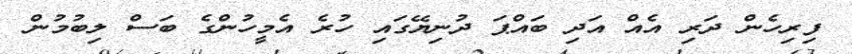
ފިރިހެން ދަރި އެއް އަދި ބައްޕަ ދުނިޔޭގައި ހުރެ އެމީހުންގެ ބަސް ލިބުމުން